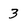
Character: 3